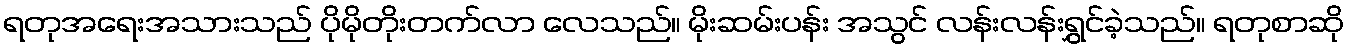
ရတုအရေးအသားသည် ပိုမိုတိုးတက်လာ လေသည်။ မိုးဆမ်းပန်း အသွင် လန်းလန်းရွှင်ခဲ့သည်။ ရတုစာဆို